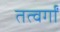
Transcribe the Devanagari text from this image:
तत्वर्गों